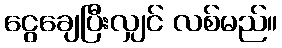
ငွေချေပြီးလျှင် လစ်မည်။